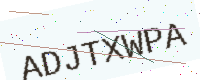
Text: ADJTXWPA